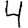
Digit: 4